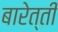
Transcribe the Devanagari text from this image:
बारेत्ती